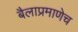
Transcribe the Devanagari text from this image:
बैलाप्रमाणेच